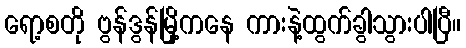
ရော့စတို ဗွန်ဒွန်မြို့ကနေ ကားနဲ့ထွက်ခွါသွားပါပြီ။